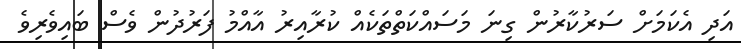
އަދި އެކަމަށް ސަރުކާރުން ގިނަ މަސައްކަތްތަކެއް ކުރާއިރު އާއްމު ފަރުދުން ވެސް ބައިވެރިވެ